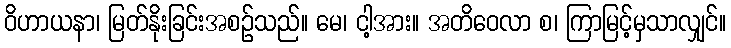
ဝိဟာယနာ၊ မြတ်နိုးခြင်းအစဉ်သည်။ မေ၊ ငါ့အား။ အတိဝေလာ စ၊ ကြာမြင့်မှသာလျှင်။